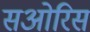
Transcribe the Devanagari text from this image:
सओरिस